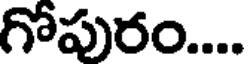
గోపురం....